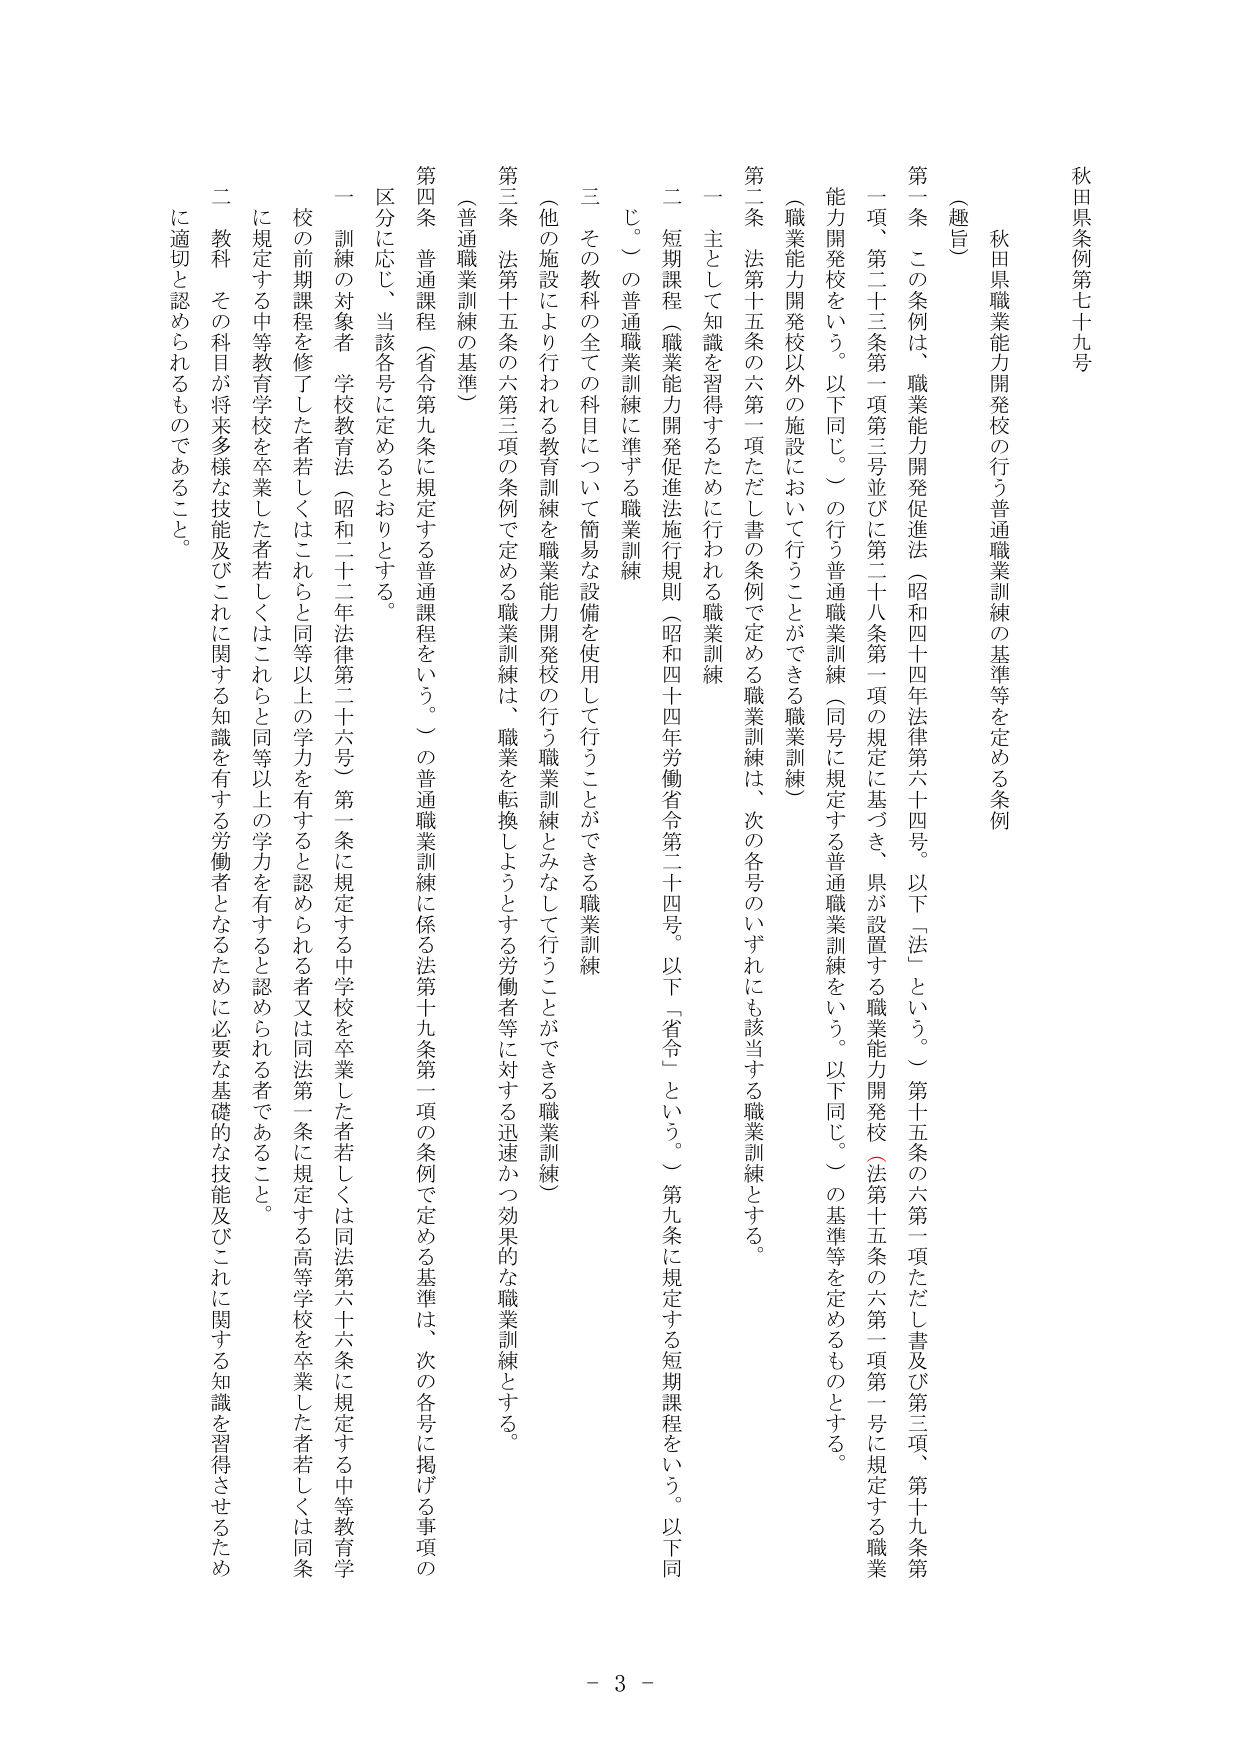
秋田県条例第七十九号

（趣旨）
秋田県職業能力開発校の行う普通職業訓練の基準等を定める条例

第一条 この条例は、職業能力開発促進法（昭和四十四年法律第六十四号。以下「法」という。）第十五条の六第一項ただし書及び第三項、第十九条第一項、第二十三条第一項第三号並びに第二十八条第一項の規定に基づき、県が設置する職業能力開発校（法第十五条の六第一項第三号に規定する職業能力開発校をいう。以下同じ。）の行う普通職業訓練（同号に規定する普通職業訓練をいう。以下同じ。）の基準等を定めるものとする。

（職業能力開発校以外の施設において行うことができる職業訓練）

第二条 法第十五条の六第一項ただし書の条例で定める職業訓練は、次の各号のいずれにも該当する職業訓練とする。

一 主として知識を習得するために行われる職業訓練

二 短期課程（職業能力開発促進法施行規則（昭和四十四年労働省令第二十四号。以下「省令」という。）第九条に規定する短期課程をいう。以下同じ。）の普通職業訓練に準ずる職業訓練

三 その教科の全ての科目について簡易な設備を使用して行うことができる職業訓練

（他の施設により行われる教育訓練を職業能力開発校の行う職業訓練とみなして行うことができる職業訓練）

第三条 法第十五条の六第三項の条例で定める職業訓練は、職業を転換しようとする労働者等に対する迅速かつ効果的な職業訓練とする。

（普通職業訓練の基準）

第四条 普通課程（省令第九条に規定する普通課程をいう。）の普通職業訓練に係る法第十九条第一項の条例で定める基準は、次の各号に掲げる事項の区分に応じ、当該各号に定めるとおりとする。

一 訓練の対象者 学校教育法（昭和二十二年法律第二十六号）第一条に規定する中学校を卒業した者若しくは同法第六十六条に規定する中等教育学校の前期課程を修了した者若しくはこれらと同等以上の学力を有すると認められる者又は同法第一条に規定する高等学校を卒業した者若しくは同条に規定する中等教育学校を卒業した者若しくはこれらと同等以上の学力を有すると認められる者であること。

二 教科 その科目が将来多様な技能及びこれに関する知識を有する労働者となるために必要な基礎的な技能及びこれに関する知識を習得させるために適切と認められるものであること。

- 3 -